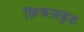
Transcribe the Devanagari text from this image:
फ़िरूज़कुह